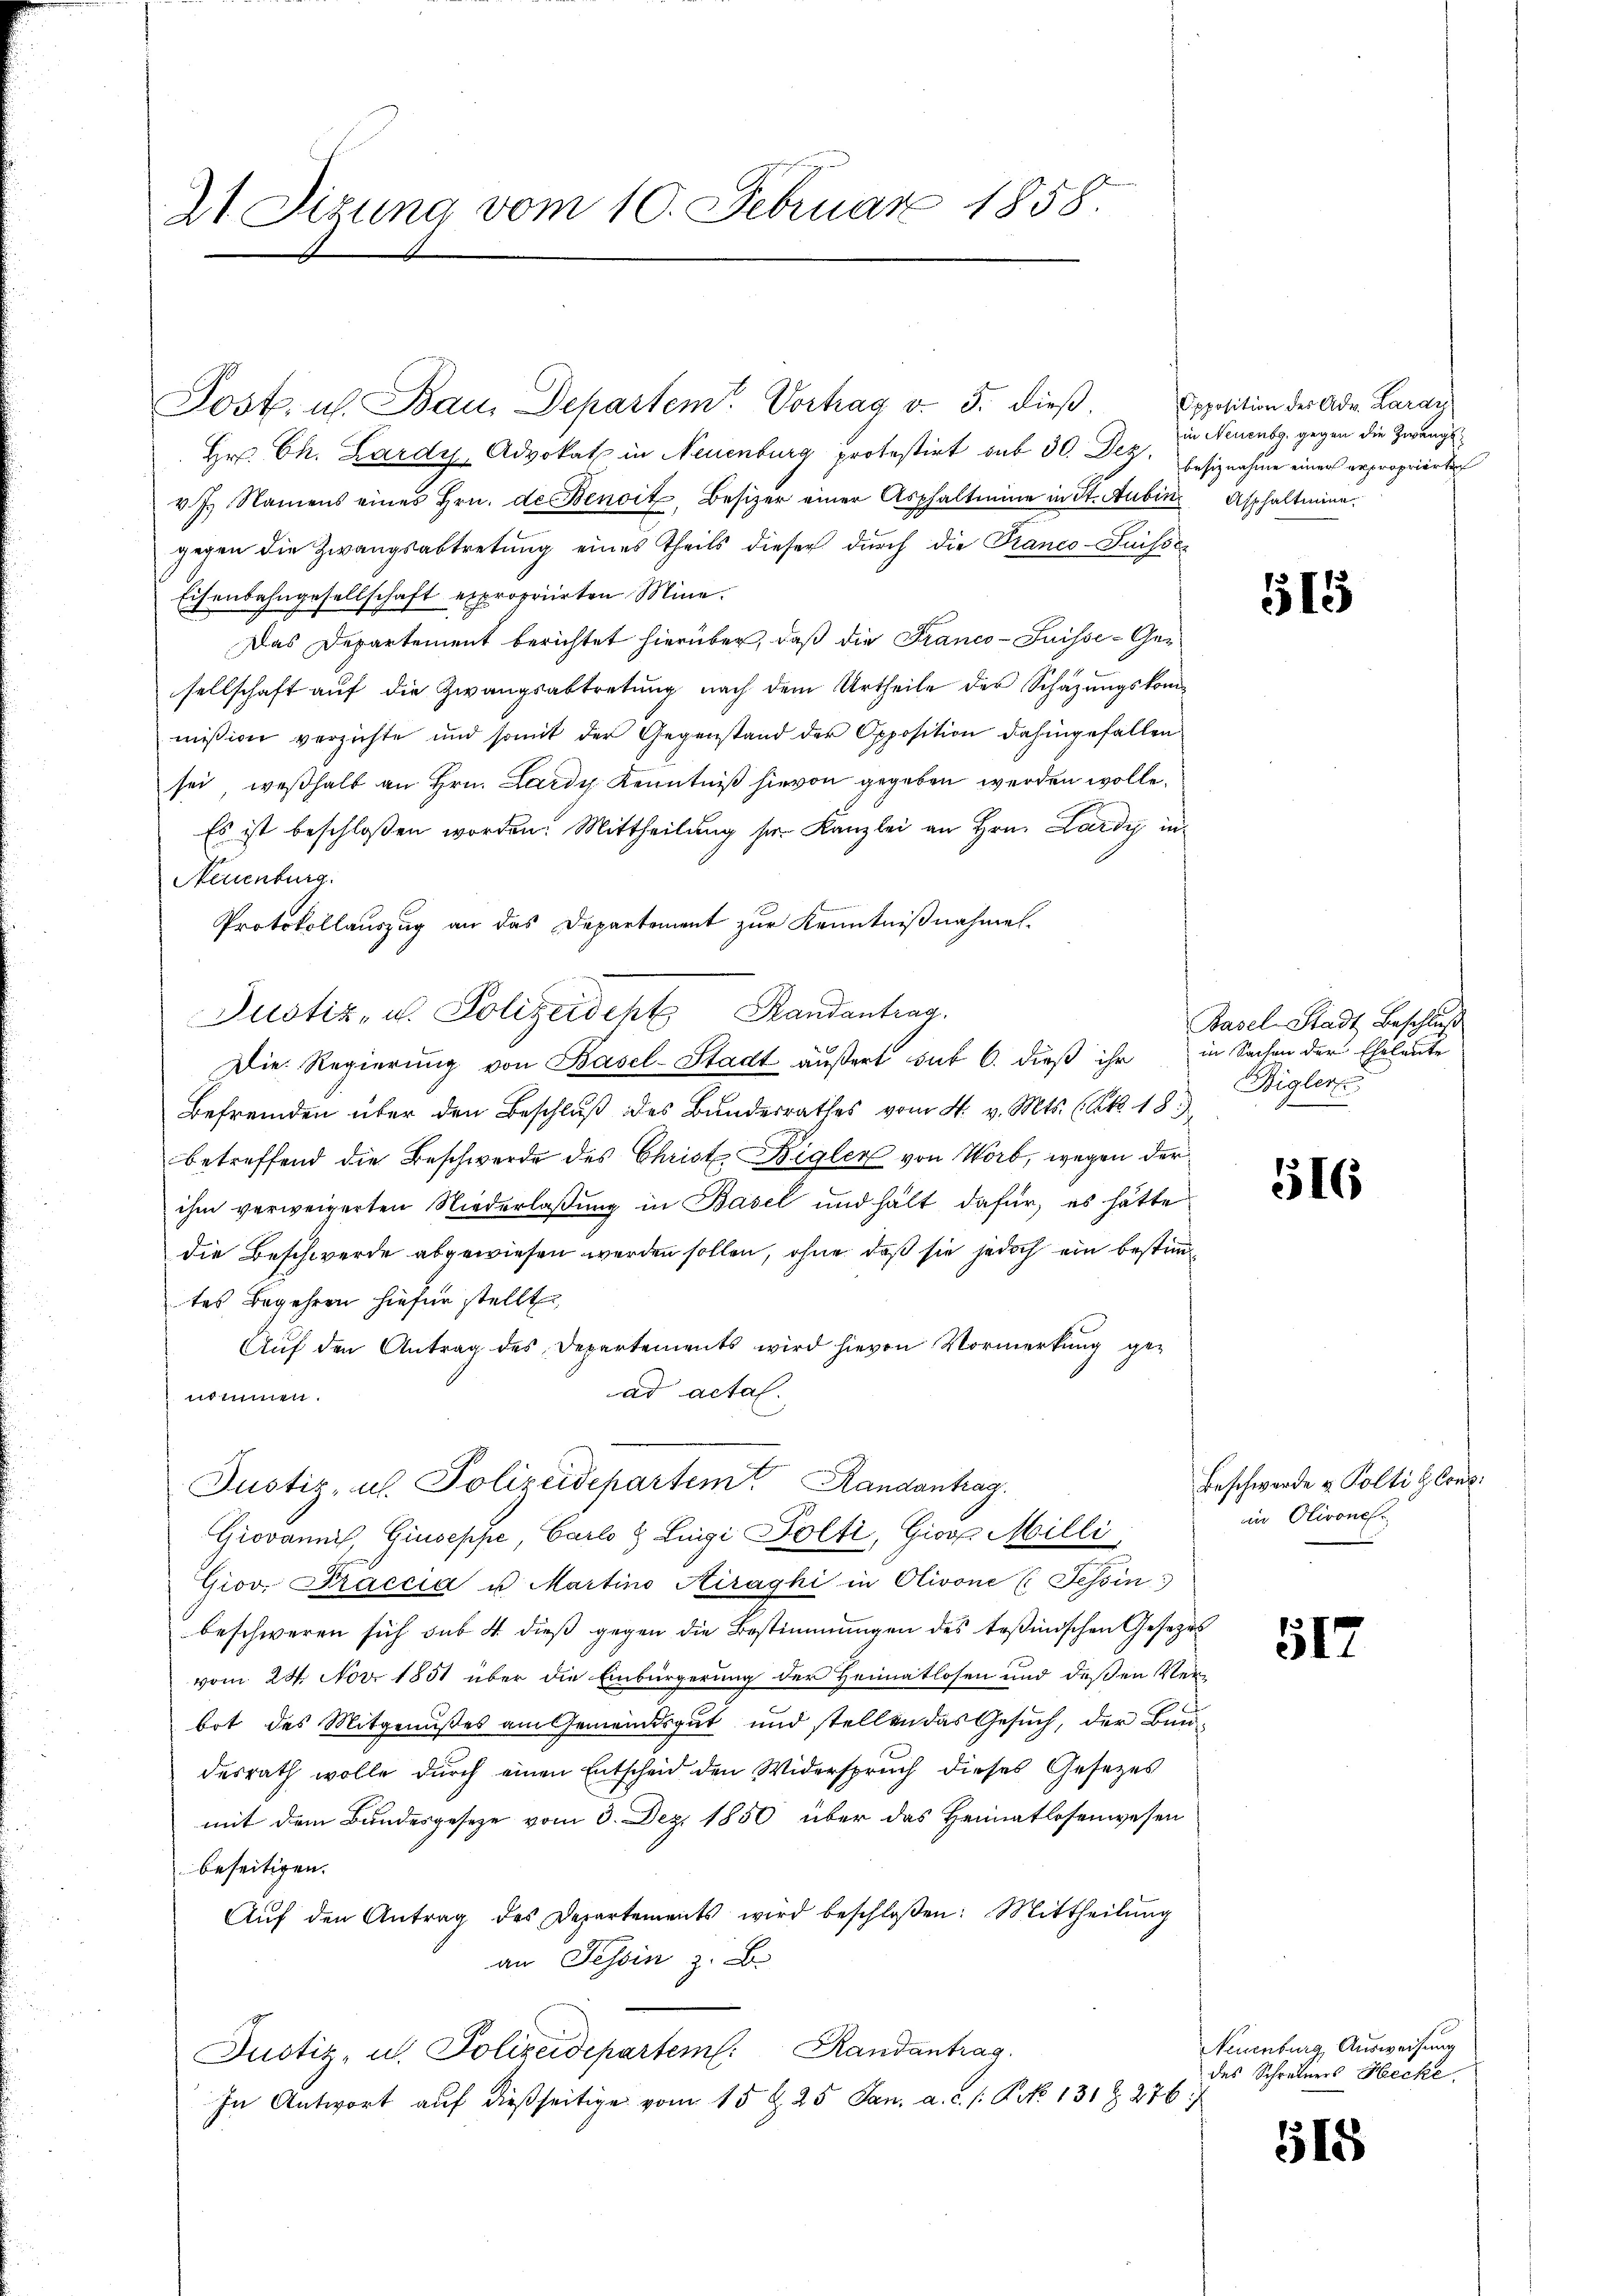
21. Sizung vom 10. Februar 1858

Post. u. Bau, Departem Vorhag v. 3. dieß.
Hr. Ch. Lardy, Advokat in Neuenburg protestirt sub 30. Dez. besiznahme einer repropriertech
v. J. Namens eines Hrn. de Benoit, Besizer einer Asphalteine in St. Aubin, Asphaltmine.
gegen die Zwangsabtretung eines Theils dieser durch die Franco-Suisse
Eisenbahngesellschaft expropriirten Mine.
Das Departement berichtet hierüber, daß die Franco-Suisse-Gesellschaft auf die Zwangsabtretung nach dem Urtheile der Schazungskommission verzichte und somit der Gegenstand der Opposition dahingefallen
sei, weßhalb an Hrn. Lardy Kenntniß hievon gegeben werden wolle.
Es ist beschloßen worden. Mittheilung sr. Kanzlei an Hrn. Lardy in¬
Neuenburg.
Protokollauszug an das Departement zur Kenntnißnahme.
Justiz- u. Polizeident Randantrag
Die Regierung von Basel-Stadt äußert sub 6. dieß ihr in Sachen der Eheleute
Befremden über den Beschluß des Bundesrathes vom 4. v. Mts. (Ak 18)
betreffend die Beschwerde des Christ Bigler von Wort, wegen der
ihm verweigerten Niederlaßung in Basel und hält dafür, es hätte
die Beschwerde abgewiesen werden sollen, ohne daß sie jedoch ein bestim
tes Begehren hiefür stellt
Aŭf den Antrag des Departements wird hievon Vormerkung gead actal.
nommen.

Justiz, u. Polizeidepartem Randanhag
Giovannis Giuseppe, Carlo & Lingi Polti, Gior Milli,
Giov. Fraccia u Martino Kirághi in Olivone (Tessin

Apposition der Adv. Larar
in Neuenbg, gegen die Zwangs

beschweren sich sub 4 dieß gegen die Bestimmungen des Teßinischen Gesetzes
vom 24. Nov. 1851 über die Einbürgerung der Heimatlosen und deßen Verbot des Mitgenußes am Gemeindsgut und stellen das Gesuch, der Bundesrath wolle durch einen Entscheid den Widerspruch dieses Gesezes
mit dem Bundesgeseze vom 3. Dez. 1850 über das Heimatlosenwesen
beseitigen.
Aŭf den Antrag des Departements wird beschloßen: Mittheilŭng
an Tessin z. B.
Justiz- u. Polizeidepartem Randantrag
In Antwort auf dießseitige vom 15 t 25 Jan. a. c. /: P. Nr. 131 Z 276/

515

Basel-Stadt Beschluß
Bigler

516

Beschwerde v. Poltig Cons.
in Olivone

51

Neuenburg, Ausweisung
des Schreiners Hecke

518